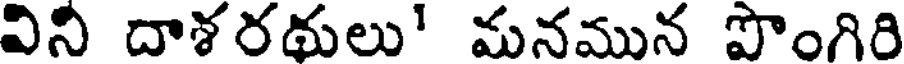
విని దాశరథులు' మనమున పొంగిరి